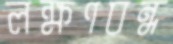
লক্ষণবন্ধ